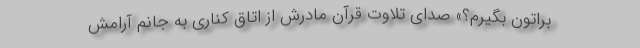
براتون بگیرم؟» صدای تلاوت قرآن مادرش از اتاق کناری به جانم آرامش